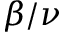
\beta / \nu